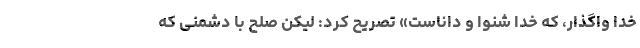
خدا واگذار، که خدا شنوا و داناست» تصریح کرد: لیکن صلح با دشمنی که